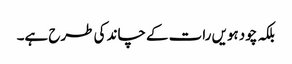
بلکہ چودہویں رات کے چاند کی طرح ہے۔